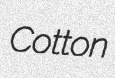
Cotton